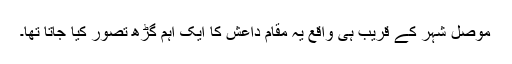
موصل شہر کے قریب ہی واقع یہ مقام داعش کا ایک اہم گڑھ تصور کیا جاتا تھا۔